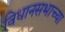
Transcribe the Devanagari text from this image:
विधानसभाच्या